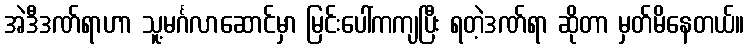
အဲဒီဒဏ်ရာဟာ သူ့မင်္ဂလာဆောင်မှာ မြင်းပေါ်ကကျပြီး ရတဲ့ဒဏ်ရာ ဆိုတာ မှတ်မိနေတယ်။